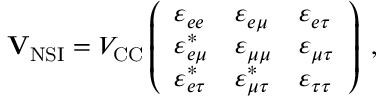
\begin{array} { r } { \mathbf { V } _ { \mathrm { N S I } } = V _ { \mathrm { C C } } \left( \begin{array} { l l l } { \varepsilon _ { e e } } & { \varepsilon _ { e \mu } } & { \varepsilon _ { e \tau } } \\ { \varepsilon _ { e \mu } ^ { \ast } } & { \varepsilon _ { \mu \mu } } & { \varepsilon _ { \mu \tau } } \\ { \varepsilon _ { e \tau } ^ { \ast } } & { \varepsilon _ { \mu \tau } ^ { \ast } } & { \varepsilon _ { \tau \tau } } \end{array} \right) \; , } \end{array}